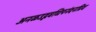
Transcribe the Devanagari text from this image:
अनळउद्भवधिपनंदनप्रिय